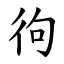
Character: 㣘